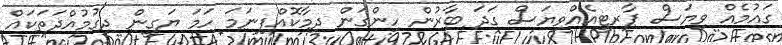
ގައުމެއް ވިޔަސް ޕާރޓީއެއްވިޔަސް ގަދަ ބާރުން ހިންގަން ދިމާކޮއްފިނަމަ ހަމަ ޔަގީން ދިގުމުއްދަތަކައް